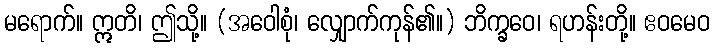
မရောက်။ ဣတိ၊ ဤသို့။ (အဝေါစုံ၊ လျှောက်ကုန်၏။) ဘိက္ခဝေ၊ ရဟန်းတို့။ ဧဝမေဝ